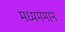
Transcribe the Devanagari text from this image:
मध्यममान